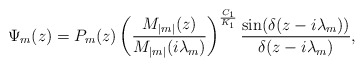
\begin{align*} \Psi_m(z)=P_m(z)\left(\frac{M_{|m|}(z)}{M_{|m|}(i\lambda_m)}\right)^{\frac{C_1}{K_1}}\frac{\sin(\delta(z-i\lambda_m))}{\delta(z-i\lambda_m)},\end{align*}